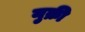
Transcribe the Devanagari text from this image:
नुक्री